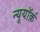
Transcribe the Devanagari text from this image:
न्यूयॉर्क़